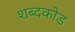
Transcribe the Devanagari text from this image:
शब्दकोड